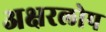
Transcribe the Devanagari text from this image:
अक्षरलोप